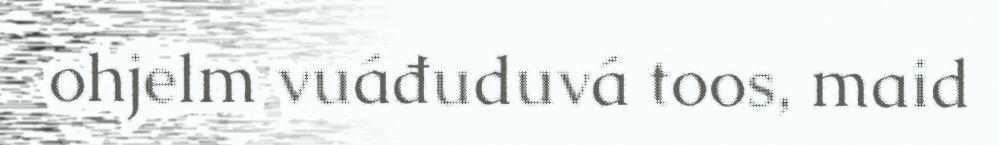
ohjelm vuáđuduvá toos, maid